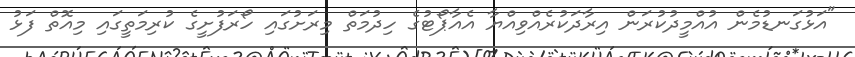
"އަޅުގަނޑުމެން އުއްމީދުކުރަން އިރާދަކުރެއްވިއްޔާ އެއާޕޯޓުގެ ހިދުމަތް މިރަށުގައި ހޯރަފުށީގެ ކުރިމަތީގައި މިއޮތް ފަޅު